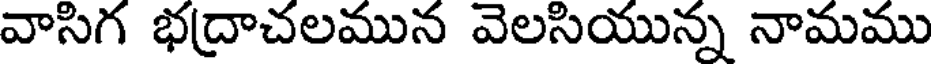
వాసిగ భద్రాచలమున వెలసియున్న నామము